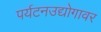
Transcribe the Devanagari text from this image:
पर्यटनउद्योगावर